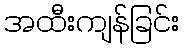
အထီးကျန်ခြင်း